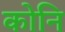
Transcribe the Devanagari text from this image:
कोनि